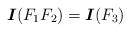
LaTeX: \begin{align*}\mbox{\boldmath$I$}(F_1 F_2)=\mbox{\boldmath$I$}(F_3)\end{align*}